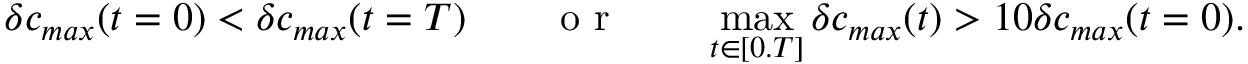
\delta c _ { m a x } ( t = 0 ) < \delta c _ { m a x } ( t = T ) \qquad \mathrm { ~ o ~ r ~ } \qquad \operatorname* { m a x } _ { t \in [ 0 . T ] } \delta c _ { m a x } ( t ) > 1 0 \delta c _ { m a x } ( t = 0 ) .